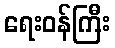
ရေးဝန်ကြီး